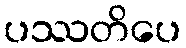
ပဿတိပေ